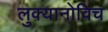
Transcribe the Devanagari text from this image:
लुक्यानोविच